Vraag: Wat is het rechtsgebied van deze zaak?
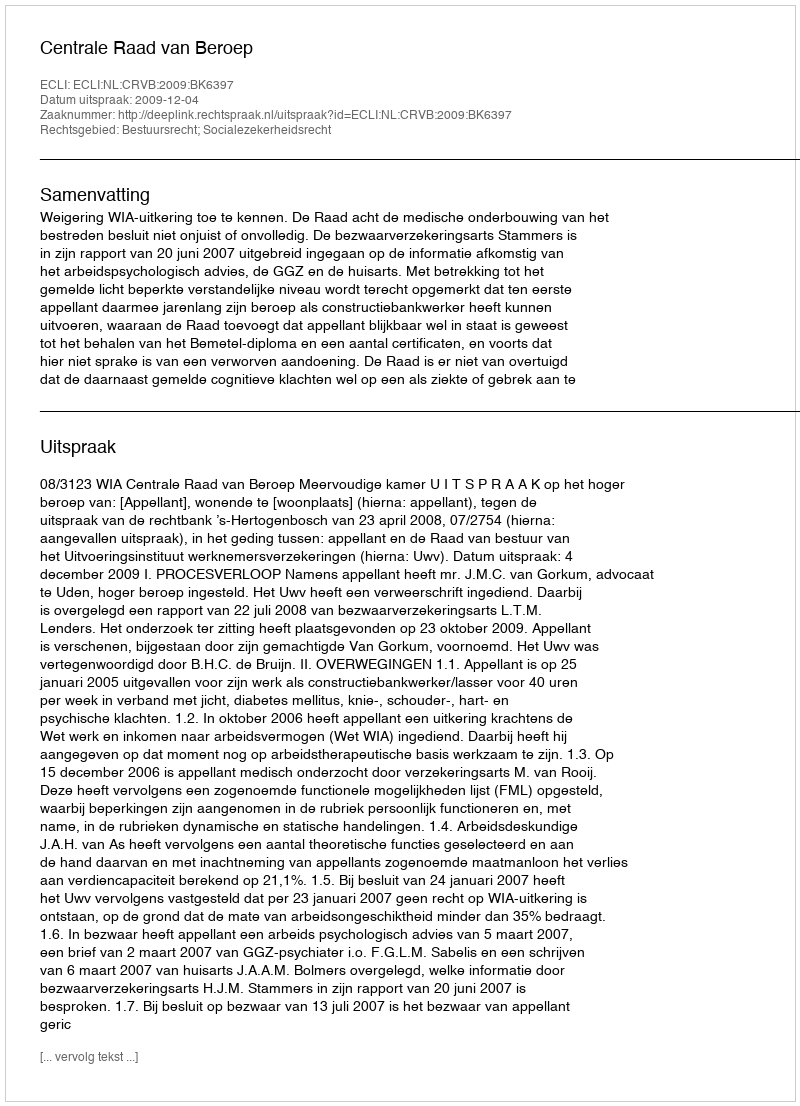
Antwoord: Bestuursrecht; Socialezekerheidsrecht